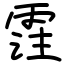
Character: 霔